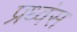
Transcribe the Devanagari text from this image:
प्रध्वंस